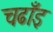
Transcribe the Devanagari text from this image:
चढाँइ